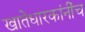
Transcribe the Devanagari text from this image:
खातेधारकांनींच